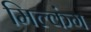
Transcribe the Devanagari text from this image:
मिल्कंग